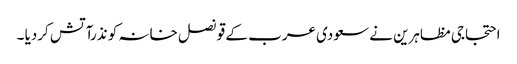
احتجاجی مظاہرین نے سعودی عرب کے قونصل خانہ کو نذرآتش کردیا ۔